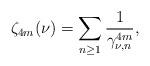
LaTeX: \begin{align*}\zeta_{4m}(\nu)=\sum_{n\geq 1}\frac{1}{\gamma^{4m}_{\nu,n}},\end{align*}